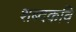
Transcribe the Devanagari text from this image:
शब्दकवि